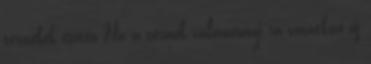
termékek esetén Ha a termék valamennyi rá vonatkozó új